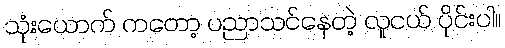
သုံးယောက် ကတော့ ပညာသင်နေတဲ့ လူငယ် ပိုင်းပါ။